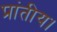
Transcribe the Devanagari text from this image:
प्रांतीय।